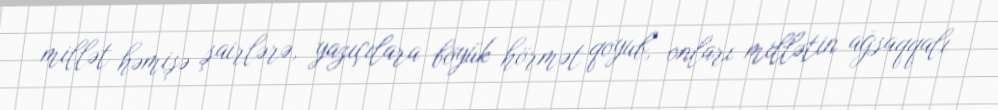
millət həmişə şairlərə, yazıçılara böyük hörmət qoyub, onları millətin ağsaqqalı